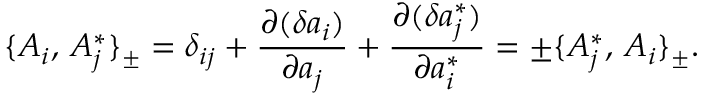
\{ A _ { i } , \, A _ { j } ^ { * } \} _ { \pm } = \delta _ { i j } + { \frac { \partial ( \delta a _ { i } ) } { \partial a _ { j } } } + { \frac { \partial ( \delta a _ { j } ^ { * } ) } { \partial a _ { i } ^ { * } } } = \pm \{ A _ { j } ^ { * } , \, A _ { i } \} _ { \pm } .